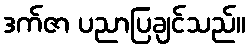
ဒက်ဇာ ပညာပြချင်သည်။